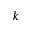
k